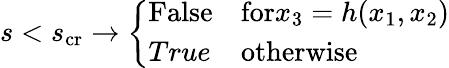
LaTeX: s<s_{\textup{cr}}\rightarrow\left\{ \begin{array}{ll}{\textup{False}}&{\textup{for}x_{3}=h(x_{1},x_{2})}\\ {True}&{\textup{otherwise}}\end{array}\right.